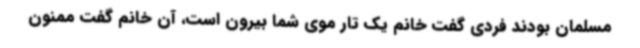
مسلمان بودند فردی گفت خانم یک تار موی شما بیرون است، آن خانم گفت ممنون